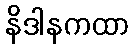
နိဒါနကထာ